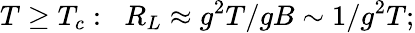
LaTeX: T\geq T_{c}:\; \; R_{L}\approx g^{2}T/gB\sim 1/g^{2}T;